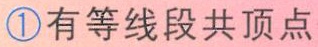
\textcircled{1} 有等线段共顶点